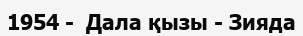
1954 -  Дала қызы - Зияда